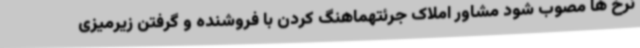
نرخ ها مصوب شود مشاور املاک جرئتهماهنگ کردن با فروشنده و گرفتن زیرمیزی